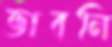
ভাবনি